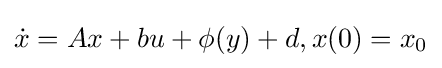
{\dot {x}}=Ax+bu+\phi (y)+d,x(0)=x_{0}